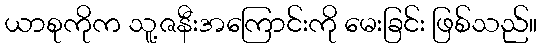
ယာစုကိုက သူ့ဇနီးအကြောင်းကို မေးခြင်း ဖြစ်သည်။